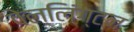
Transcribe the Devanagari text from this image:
वेल्लिंग्टन